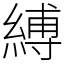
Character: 縛